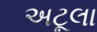
અટૂલા